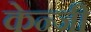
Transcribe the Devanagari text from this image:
केन्जी